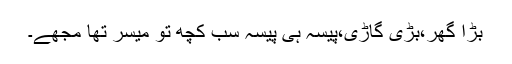
بڑا گھر،بڑی گاڑی،پیسہ ہی پیسہ سب کچھ تو میسر تھا مجھے۔